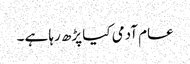
عام آدمی کیا پڑھ رہا ہے ۔